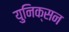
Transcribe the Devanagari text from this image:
युनिक्सन